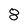
Character: 8